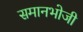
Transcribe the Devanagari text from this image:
समानभोजी